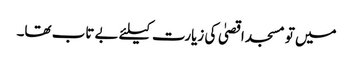
میں تو مسجد اقصیٰ کی زیارت کیلئے بے تاب تھا۔